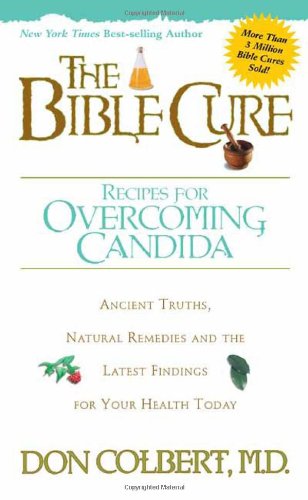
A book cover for The Bible Cure Recipes for Overcoming Candida: Ancient Truths, Natural Remedies and the Latest Findings for Your Health Today (New Bible Cure (Siloam)); Don Colbert MD; Health, Fitness & Dieting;